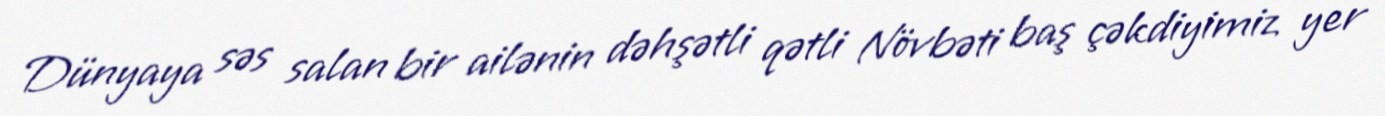
Dünyaya səs salan bir ailənin dəhşətli qətli Növbəti baş çəkdiyimiz yer